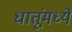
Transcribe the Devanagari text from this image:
धातूंमध्ये